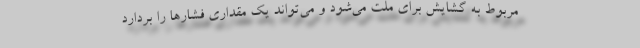
مربوط به گشایش برای ملت می‌شود و می‌تواند یک مقداری فشارها را بردارد